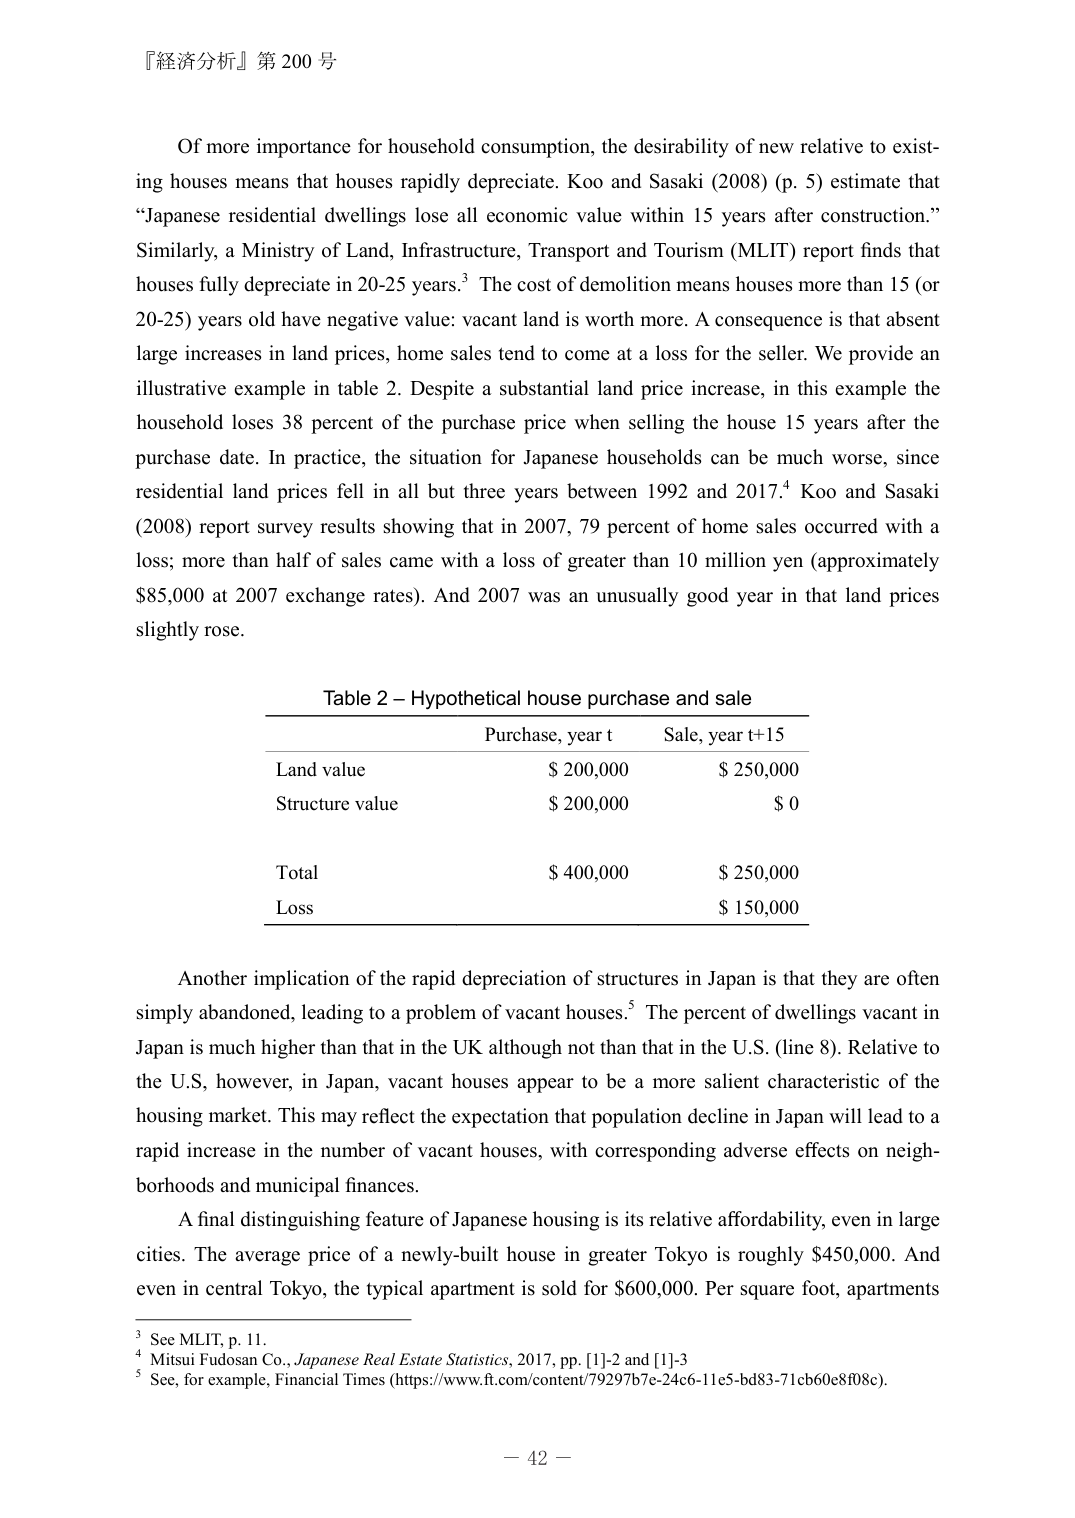
『経済分析』第 200 号

Of more importance for household consumption, the desirability of new relative to existing houses means that houses rapidly depreciate. Koo and Sasaki (2008) (p. 5) estimate that “Japanese residential dwellings lose all economic value within 15 years after construction.” Similarly, a Ministry of Land, Infrastructure, Transport and Tourism (MLIT) report finds that houses fully depreciate in 20-25 years.³ The cost of demolition means houses more than 15 (or 20-25) years old have negative value: vacant land is worth more. A consequence is that absent large increases in land prices, home sales tend to come at a loss for the seller. We provide an illustrative example in table 2. Despite a substantial land price increase, in this example the household loses 38 percent of the purchase price when selling the house 15 years after the purchase date. In practice, the situation for Japanese households can be much worse, since residential land prices fell in all but three years between 1992 and 2017.⁴ Koo and Sasaki (2008) report survey results showing that in 2007, 79 percent of home sales occurred with a loss; more than half of sales came with a loss of greater than 10 million yen (approximately $85,000 at 2007 exchange rates). And 2007 was an unusually good year in that land prices slightly rose.

Table 2 – Hypothetical house purchase and sale
Purchase, year t          Sale, year t+15
Land value               $ 200,000          $ 250,000
Structure value          $ 200,000          $ 0
Total                    $ 400,000          $ 250,000
Loss                     $ 150,000

Another implication of the rapid depreciation of structures in Japan is that they are often simply abandoned, leading to a problem of vacant houses.⁵ The percent of dwellings vacant in Japan is much higher than that in the UK although not than that in the U.S. (line 8). Relative to the U.S., however, in Japan, vacant houses appear to be a more salient characteristic of the housing market. This may reflect the expectation that population decline in Japan will lead to a rapid increase in the number of vacant houses, with corresponding adverse effects on neighborhoods and municipal finances.

A final distinguishing feature of Japanese housing is its relative affordability, even in large cities. The average price of a newly-built house in greater Tokyo is roughly $450,000. And even in central Tokyo, the typical apartment is sold for $600,000. Per square foot, apartments

³ See MLIT, p. 11.
⁴ Mitsui Fudosan Co., Japanese Real Estate Statistics, 2017, pp. [1]-2 and [1]-3
⁵ See, for example, Financial Times (https://www.ft.com/content/79297b7c-24c6-11e5-bd83-71cb60e8f08c).

－ 42 －